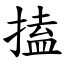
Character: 搕